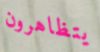
يتظاهرون